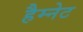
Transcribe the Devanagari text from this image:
हैम्नेट